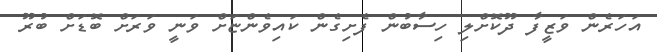
އަހަރެން ވަޒީފާ ދޫކޮށްލި ހިސާބުން ފެށިގެން ކައިވެންޏަށް ވަނީ ވަރަށް ބޮޑަށް ބުރޫ